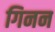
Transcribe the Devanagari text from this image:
गिनन